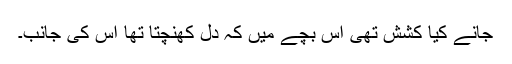
جانے کیا کشش تھی اس بچے میں کہ دل کھنچتا تھا اس کی جانب۔